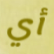
أي